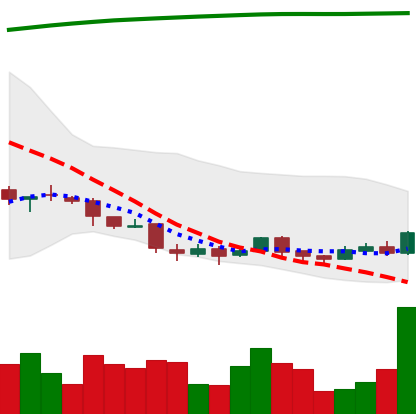
Ticker: DOGE-USD
Chart end date: 2018-04-10
Forward return: 50.214%
Label: up_7plus